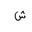
Letter: _shin